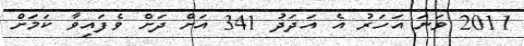
2011 ވަނަ އަހަރު އެ އަދަދު 341 އަށް ދަށް ވެފައިވާ ކަމަށް